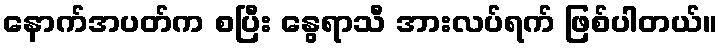
နောက်အပတ်က စပြီး နွေရာသီ အားလပ်ရက် ဖြစ်ပါတယ်။